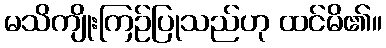
မသိကျိုးကြဉ်ပြုသည်ဟု ထင်မိ၏။